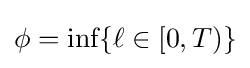
\phi ={\textrm {inf}}\{\ell \in [0,T)\}